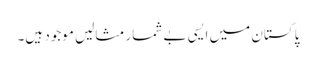
پاکستان میں ایسی بے شمار مثالیں موجود ہیں۔